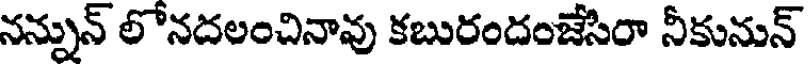
నన్నున్ లోనదలంచినావు కబురందంజేసిరా నీకునున్